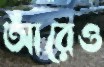
আঁরেও